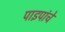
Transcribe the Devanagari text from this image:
पाइपांचे